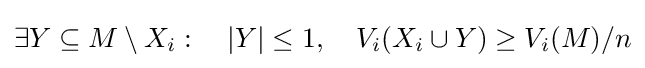
\exists Y\subseteq M\setminus X_{i}:~~~|Y|\leq 1,~~~V_{i}(X_{i}\cup Y)\geq V_{i}(M)/n